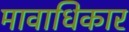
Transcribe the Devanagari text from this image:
मावाधिकार